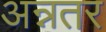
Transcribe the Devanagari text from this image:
अन्नतर